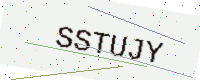
Text: SSTUJY